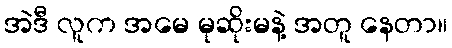
အဲဒီ လူက အမေ မုဆိုးမနဲ့ အတူ နေတာ။